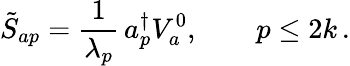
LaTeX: \tilde{S}_{ap}={\frac{1}{\lambda_{p}}}\, a_{p}^{\dagger}V_{a}^{0},\qquad p\le 2k\, .